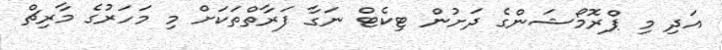
އަދި މި ޕްރޮމޯޝަންގެ ދަށުން ޓިކެޓް ނަގާ ފަރާތްތަކަށް މި މަހަރުގެ މާރިޗް